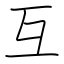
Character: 互